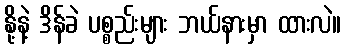
နို့နဲ့ ဒိန်ခဲ ပစ္စည်းများ ဘယ်နားမှာ ထားလဲ။